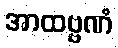
အာထဗ္ဗဏံ